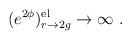
LaTeX: \begin{align*}(e^{2\phi})_{r\rightarrow 2g}^{\rm el} \rightarrow \infty \ .\end{align*}